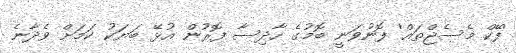
'ފޭކް މެސެޖްތައް' ފޮނުވަނީ ބޮމުގެ ހާދިސާ ފޮރުން އުޅޭ ބަޔަކު ކަމަށް ވެދާނެ